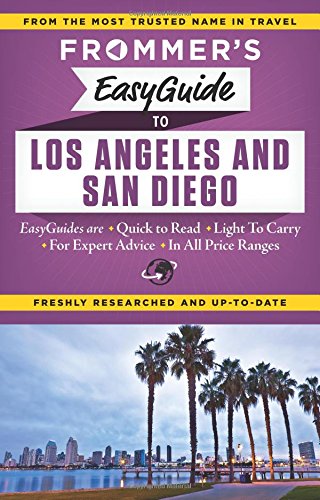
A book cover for Frommer's EasyGuide to Los Angeles and San Diego (Easy Guides); Christine Delsol; Travel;